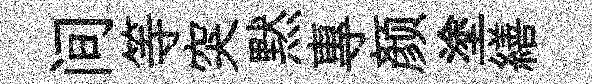
间等突黙專颜塗繕